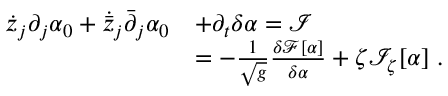
\begin{array} { r l } { { \dot { z } } _ { j } \partial _ { j } \alpha _ { 0 } + { \dot { \bar { z } } } _ { j } { \bar { \partial } } _ { j } \alpha _ { 0 } } & { + \partial _ { t } \delta \alpha = \mathcal I } \\ & { = - \frac { 1 } { \sqrt { g } } \frac { \delta { \mathcal F } [ \alpha ] } { \delta \alpha } + \zeta \mathcal I _ { \zeta } [ \alpha ] \; . } \end{array}